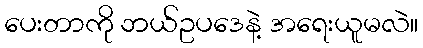
ပေးတာကို ဘယ်ဥပဒေနဲ့ အရေးယူမလဲ။